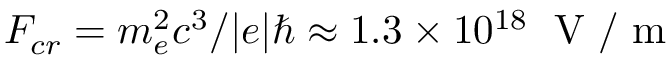
F _ { c r } = m _ { e } ^ { 2 } c ^ { 3 } / | e | \hbar \approx 1 . 3 \times 1 0 ^ { 1 8 } \; \mathrm { ~ V ~ / ~ m ~ }